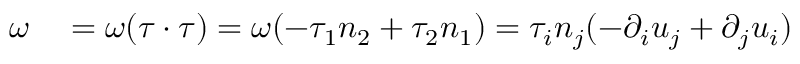
\begin{array} { r l } { \omega } & { { } = \omega ( \tau \cdot \tau ) = \omega ( - \tau _ { 1 } n _ { 2 } + \tau _ { 2 } n _ { 1 } ) = \tau _ { i } n _ { j } ( - \partial _ { i } u _ { j } + \partial _ { j } u _ { i } ) } \end{array}